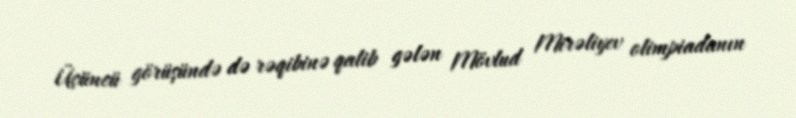
Üçüncü görüşündə də rəqibinə qalib gələn Mövlud Mirəliyev olimpiadanın